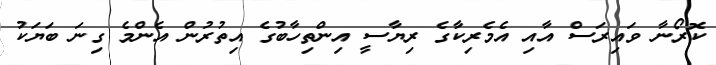
ކޮރޯނާ ވައިރަސް އާއި އެމެރިކާގެ ރިޔާސީ އިންތިހާބުގެ އިތުރުން އެންމެ ގިނަ ބަޔަކު